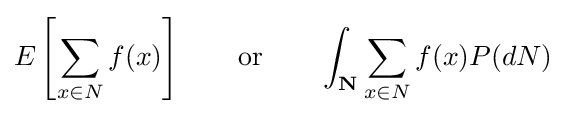
E\left[\sum _{x\in {N}}f(x)\right]\qquad {\text{or}}\qquad \int _{\textbf {N}}\sum _{x\in {N}}f(x)P(d{N})